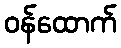
ဝန်ထောက်